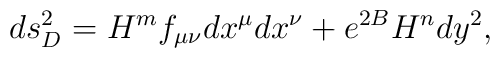
ds^2_D =H^m f_{\mu\nu} dx^{\mu}dx^{\nu} +e^{2B} H^n dy^2   ,